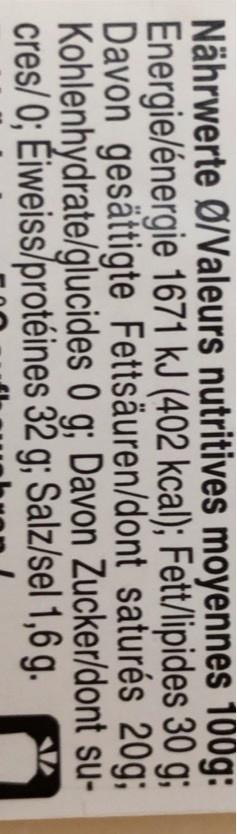
Nährwerte Ø/Valeurs nutritives moyennes 100g: Energie/énergie 1671 kJ (402 kcal); Fett/lipides 30 g; Davon gesättigte Fettsäuren/dont saturés 20g; Kohlenhydrate/glucides 0 g; Davon Zucker/dont su- cres/0; Éiweiss/protéines 32 g; Salz/sel 1,6 g.